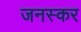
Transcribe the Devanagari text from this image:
जनस्‍कर